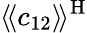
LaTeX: \langle\! \langle c_{12}\rangle\! \rangle^{\mathrm{H}}